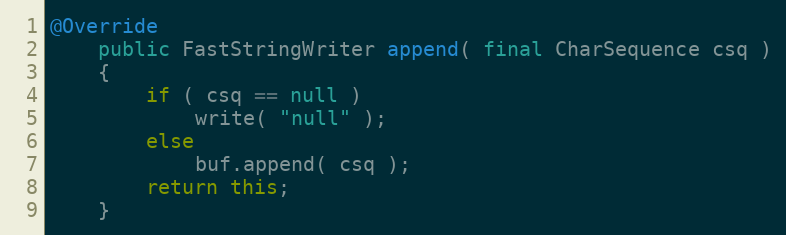
Language: Java
@Override
    public FastStringWriter append( final CharSequence csq )
    {
        if ( csq == null )
            write( "null" );
        else
            buf.append( csq );
        return this;
    }